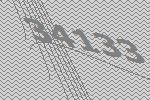
34133